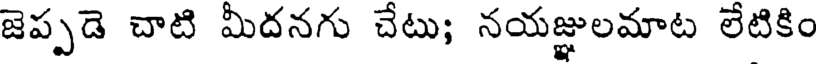
జెప్పడె చాటి మీదనగు చేటు; నయజ్ఞులమాట లేటికిం